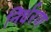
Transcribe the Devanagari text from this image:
निर्धरण